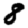
Digit: 8